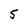
Character: 5